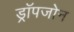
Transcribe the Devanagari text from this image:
ड्रॉपजोन